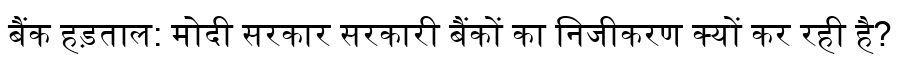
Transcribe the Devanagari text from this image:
बैंक हड़ताल: मोदी सरकार सरकारी बैंकों का निजीकरण क्यों कर रही है?